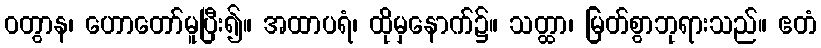
ဝတွာန၊ ဟောတော်မူပြီး၍။ အထာပရံ၊ ထိုမှနောက်၌။ သတ္ထာ၊ မြတ်စွာဘုရားသည်။ ဧတံ